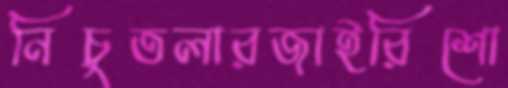
নিচুতলারজাইরিশো